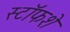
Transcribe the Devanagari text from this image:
स्टॉफशे